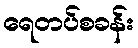
ရေတပ်စခန်း